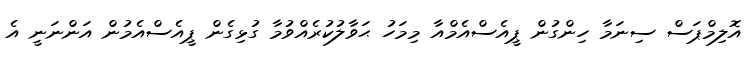
އޮލިމްޕަސް ސިނަމާ ހިންގުން ޕީއެސްއެމްއާ މިމަހު ޙަވާލުކުރެއްވުމާ ގުޅިގެން ޕީއެސްއެމުން އަންނަނީ އެ